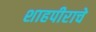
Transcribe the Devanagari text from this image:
शाहपीराचे